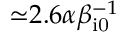
{ \simeq } 2 . 6 \alpha \beta _ { \mathrm { i 0 } } ^ { - 1 }